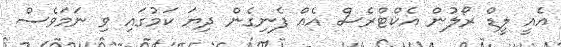
އެއީ ލީޑް ރޯލުން އެކްޓްރެސް އެއް ފެނިގެން ދިޔަ ކަމުގައި ވި ނަމަވެސް